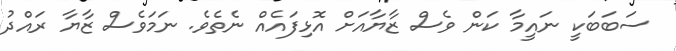
ސަބަބަކީ ނައީމާ ކަން ވެސް ޒާޔާއަށް އޮޅިފައެއް ނެތެވެ. ނަމަވެސް ޒާޔާ ރައްދު